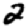
Digit: 2